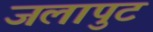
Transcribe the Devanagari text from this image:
जलापुट